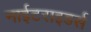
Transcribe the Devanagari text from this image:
नाईटराइडर्स